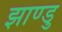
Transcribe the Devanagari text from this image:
झाण्डु